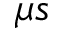
\mu s